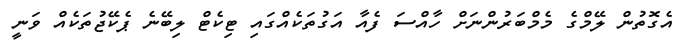
އެގޮތުން ލޭމްގެ މެމްބަރުންނަށް ހާއްސަ ފެއާ އަގުތަކެއްގައި ޓިކެޓް ލިބޭނެ ޕެކޭޖުތަކެއް ވަނީ